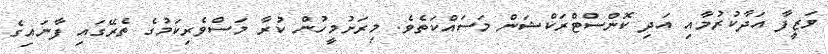
ވަޒީފާ އަދާކުރުމާއި އަދި ކޮންސްޓްރަކްޝަން މަސައްކަތެވެ. މިރަށުމީހުން ކުރާ މަސްވެރިކަމުގެ ތެރޭގައި ފާނައިގެ